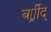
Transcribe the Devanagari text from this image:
बर्र्र्रीद्